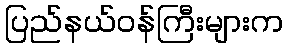
ပြည်နယ်ဝန်ကြီးများက